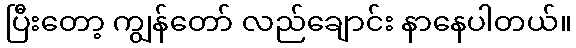
ပြီးတော့ ကျွန်တော် လည်ချောင်း နာနေပါတယ်။